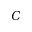
C